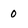
Character: 0